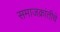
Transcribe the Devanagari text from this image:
समाजक्रांतीचे